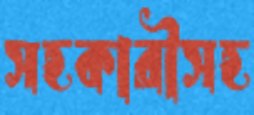
সহকারীসহ